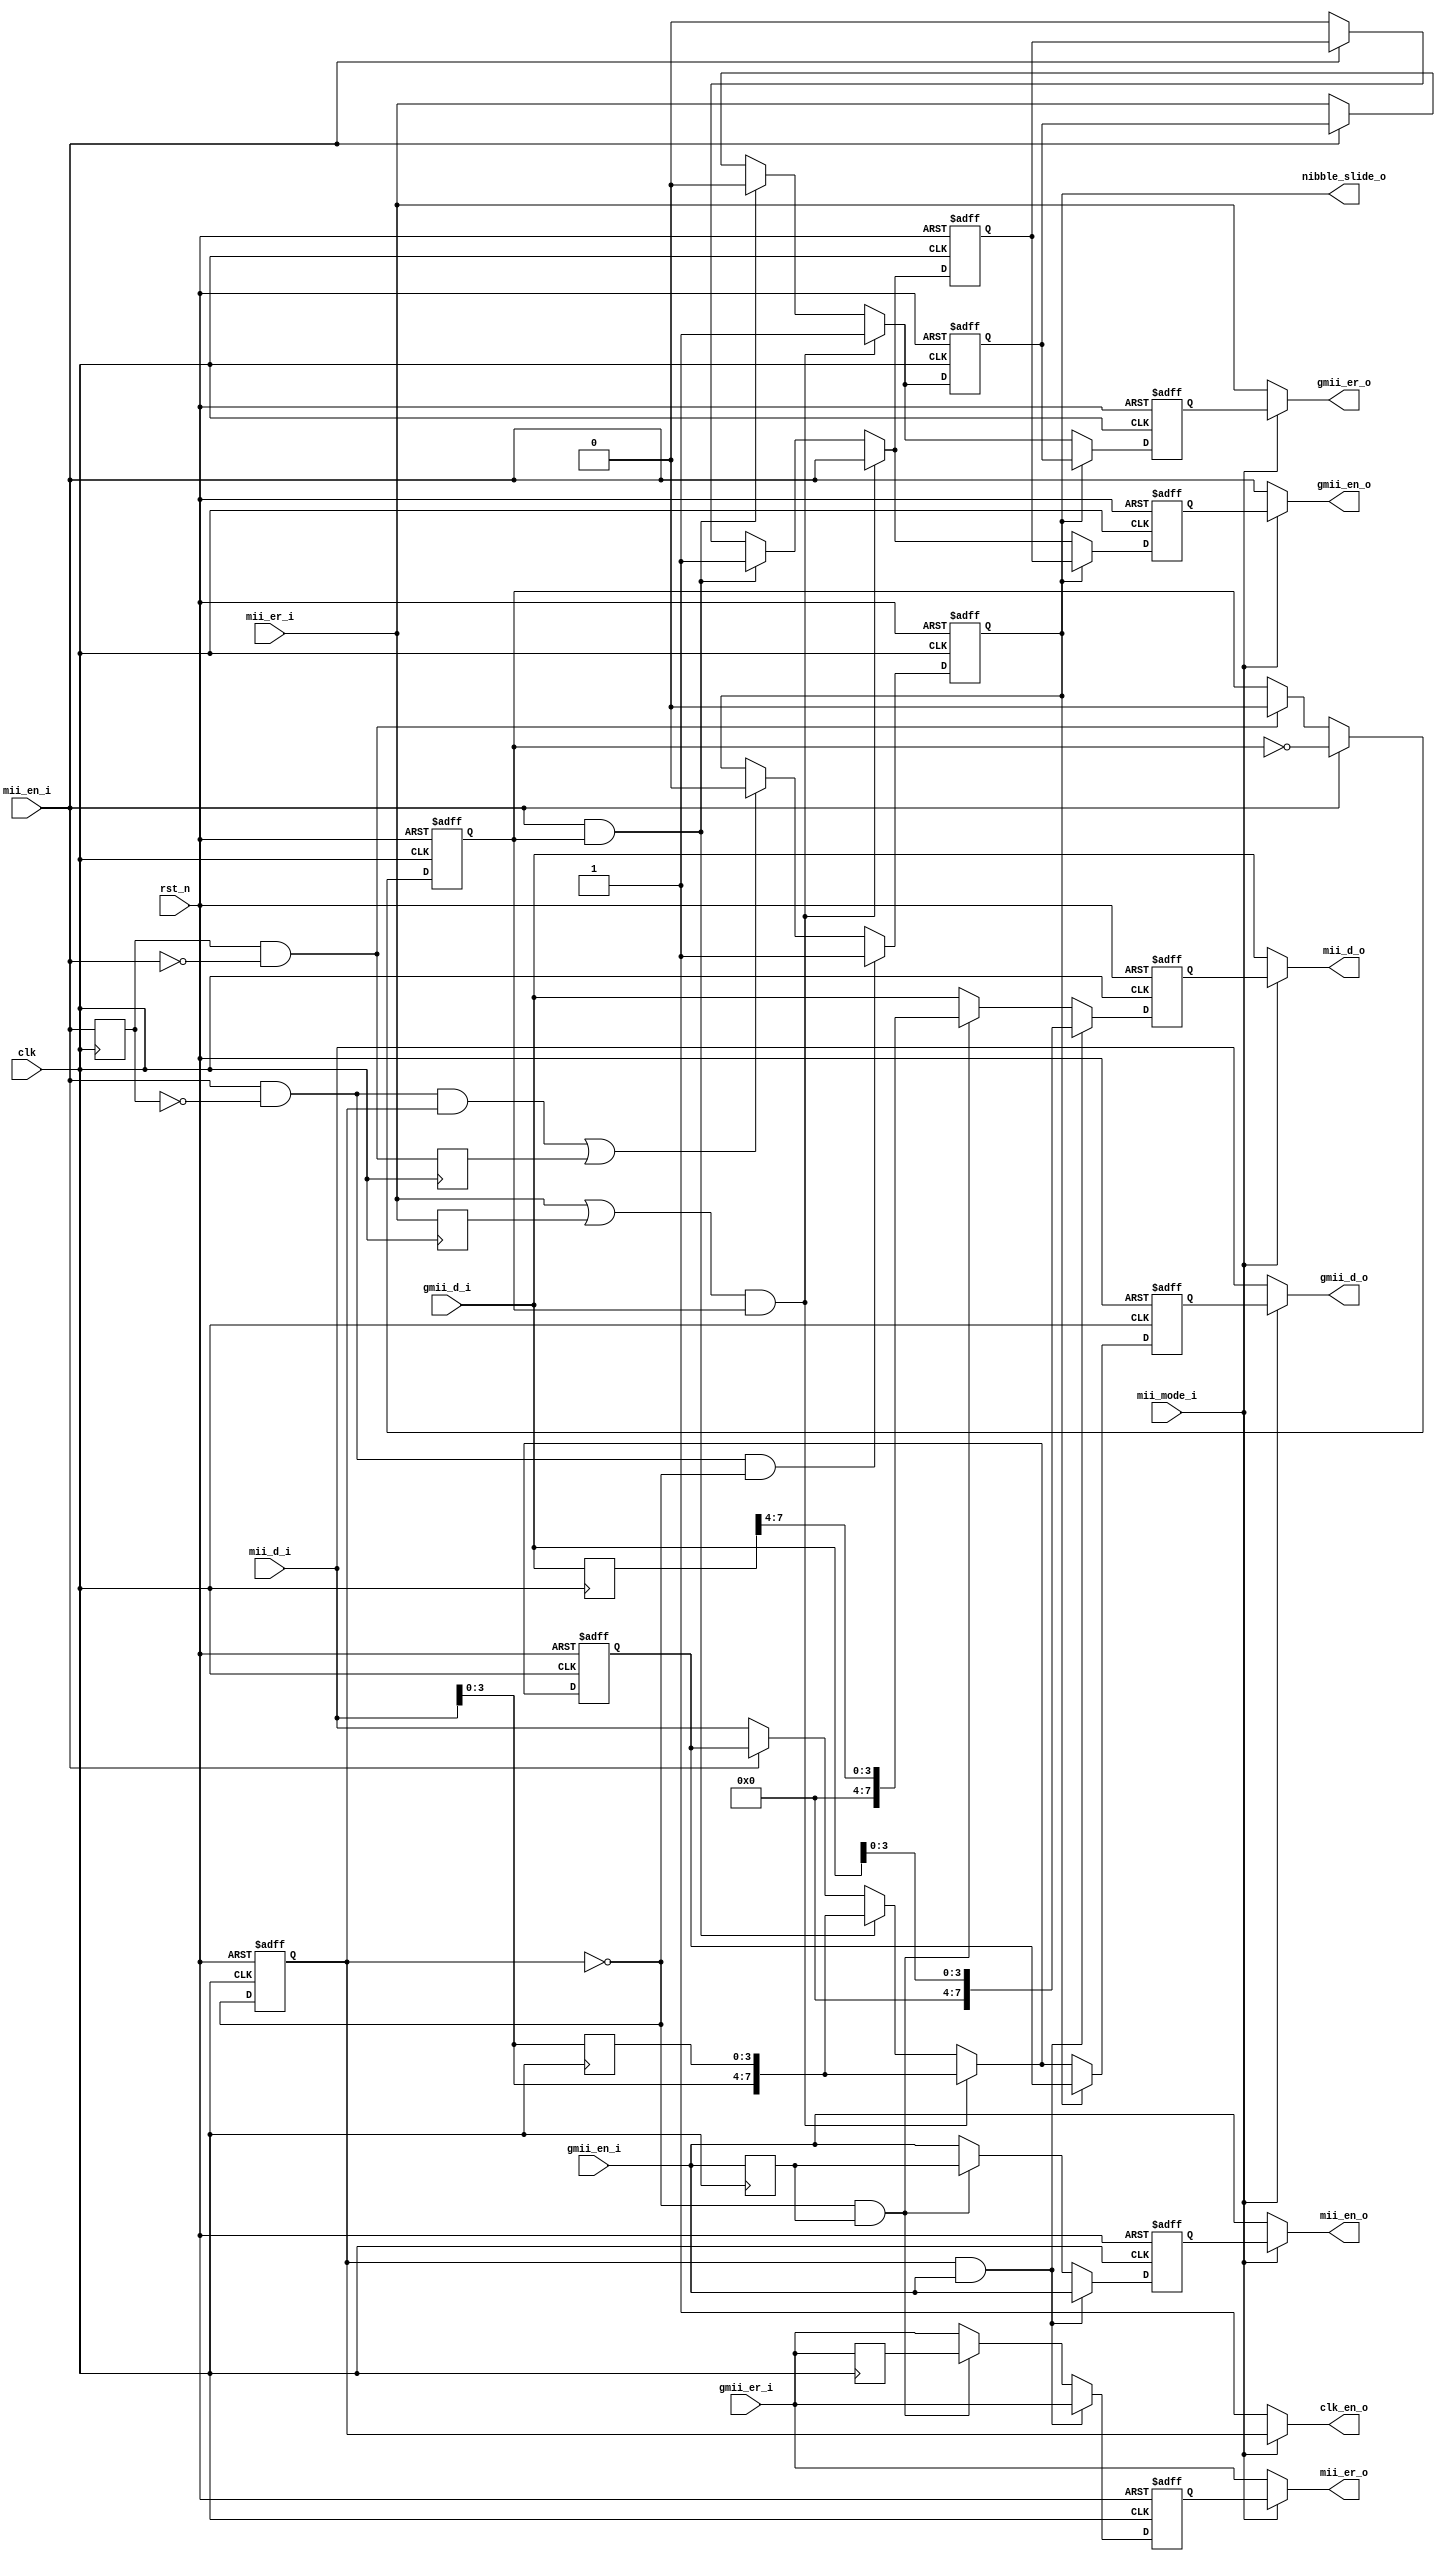
module mii_cvt (
    input                clk  ,
    input                rst_n,

    input                mii_mode_i,  //0:ge, 1: 100m/10m ethernet
    output               clk_en_o  ,

    //mii input (muxed with gmii input)
    input                mii_en_i,
    input                mii_er_i,
    input  [7:0]         mii_d_i ,
    
    //gmii-like output converted from mii input
    output               gmii_en_o,
    output               gmii_er_o,
    output [7:0]         gmii_d_o ,

    //gmii-like input
    input                gmii_en_i, 
    input                gmii_er_i,
    input  [7:0]         gmii_d_i ,

    //mii output converted from gmii-like input (muxed with gmii output)
    output               mii_en_o,
    output               mii_er_o,
    output [7:0]         mii_d_o ,   

    output               nibble_slide_o      //for latency correction in mii mode conversion   
);
    //generate clock enable signal
    reg  clk_en;

    always @(posedge clk or negedge rst_n) begin
        if(!rst_n) 
            clk_en <= 0;
        else 
            clk_en <= ~clk_en;
    end
    assign clk_en_o = (mii_mode_i == 0) ? 1 : clk_en;

    //++
    //convert mii signal to gmii-like signal
    //--
    reg         mii_en_d1;
    reg         mii_er_d1;
    reg [7:0]   mii_d_d1;

    wire frm_start = mii_en_i &  (~mii_en_d1);
    wire frm_end   = mii_en_d1 & (~mii_en_i);
    
    reg frm_start_d1, frm_end_d1;

    always @(posedge clk) begin
        mii_en_d1 <= mii_en_i;   
        mii_er_d1 <= mii_er_i;
        mii_d_d1  <= mii_d_i ;

        frm_start_d1 <= frm_start;
        frm_end_d1 <= frm_end;
    end

    //mii to gmii-like conversion
    reg [7:0]     fe_oct, fe_oct_d1;
    reg           fe_en , fe_en_d1 ;
    reg           fe_er , fe_er_d1 ;

    reg  nibble_align;

    always @(posedge clk or negedge rst_n) begin
        if(!rst_n) 
            nibble_align <= 0;
        else if(mii_en_i == 1)
            nibble_align <= ~nibble_align;
        else if(frm_end == 1)
            nibble_align <= 0;
    end

    always @(posedge clk or negedge rst_n) begin
        if(!rst_n) begin
            fe_oct_d1 <= 8'h0;
            fe_en_d1  <= 0;
            fe_er_d1  <= 0;
        end
        else begin
            fe_oct_d1 <= fe_oct;
            fe_en_d1  <= fe_en;
            fe_er_d1  <= fe_er;
        end
    end

    always @(*) begin 
      if((mii_er_i == 1 || mii_er_d1 == 1) && nibble_align == 1) begin
          fe_oct = {mii_d_i[3:0], mii_d_d1[3:0]};
          fe_en  = mii_en_i;
          fe_er  = 1;
      end
      else if(mii_en_i == 1 && nibble_align == 1) begin
          fe_oct = {mii_d_i[3:0], mii_d_d1[3:0]};
          fe_en  = 1;
          fe_er  = 0;
      end
      else if (mii_en_i == 1)begin
          fe_oct = fe_oct_d1; 
          fe_en  = fe_en_d1 ;
          fe_er  = fe_er_d1 ;
      end
      else begin
          fe_oct = mii_d_i; 
          fe_en  = mii_en_i;
          fe_er  = mii_er_i;
      end
    end

    //generate gmii-like output
    reg         gmii_en_out;
    reg         gmii_er_out;
    reg [7:0]   gmii_d_out ;  
    reg    use_d1;

    always @(posedge clk or negedge rst_n) begin
      if(!rst_n) 
          use_d1 <= 0;
      else if(frm_start == 1 && clk_en == 0) 
          use_d1 <= 1;
      else if((frm_start == 1 && clk_en == 1) || frm_end_d1 == 1) 
          use_d1 <= 0;
    end
    
    assign nibble_slide_o = use_d1;

    always @(posedge clk or negedge rst_n) begin
        if(!rst_n) begin
            gmii_en_out <= 0;
            gmii_er_out <= 0;
            gmii_d_out  <= 8'h0;
        end
        else if(use_d1 == 1) begin
            gmii_en_out <= fe_en_d1;
            gmii_er_out <= fe_er_d1;
            gmii_d_out  <= fe_oct_d1;
        end
        else  begin
            gmii_en_out <= fe_en;
            gmii_er_out <= fe_er;
            gmii_d_out  <= fe_oct;
        end
    end

    assign gmii_en_o = (mii_mode_i == 0) ? mii_en_i : gmii_en_out; 
    assign gmii_er_o = (mii_mode_i == 0) ? mii_er_i : gmii_er_out; 
    assign gmii_d_o  = (mii_mode_i == 0) ? mii_d_i  : gmii_d_out ;   

    //++
    //convert gmii-like signals to mii
    //--
    reg          gmii_en_d1; 
    reg          gmii_er_d1;
    reg [7:0]    gmii_d_d1 ;

    always @(posedge clk) begin
        gmii_en_d1 <= gmii_en_i;
        gmii_er_d1 <= gmii_er_i;
        gmii_d_d1  <= gmii_d_i ;
    end

    reg          mii_en_out;
    reg          mii_er_out;
    reg [7:0]    mii_d_out ;   

    //gmii-like to mii conversion
    always @(posedge clk or negedge rst_n) begin
        if(!rst_n) begin
            mii_en_out <= 0;
            mii_er_out <= 0;
            mii_d_out  <= 8'h0;   
        end
        else if(clk_en == 1 && gmii_en_i == 1) begin
            mii_en_out <= gmii_en_i;
            mii_er_out <= gmii_er_i;
            mii_d_out  <= {4'h0, gmii_d_i[3:0]};   
        end
        else if(clk_en == 0 && gmii_en_d1 == 1)begin
            mii_en_out <= gmii_en_d1;
            mii_er_out <= gmii_er_d1;
            mii_d_out  <= {4'h0, gmii_d_d1[7:4]};   
        end
        else begin
            mii_en_out <= gmii_en_i;
            mii_er_out <= gmii_er_i;
            mii_d_out  <= gmii_d_i ;   
        end
    end

    assign mii_en_o = (mii_mode_i == 0) ? gmii_en_i : mii_en_out; 
    assign mii_er_o = (mii_mode_i == 0) ? gmii_er_i : mii_er_out; 
    assign mii_d_o  = (mii_mode_i == 0) ? gmii_d_i  : mii_d_out ;   

endmodule